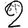
Digit: 2